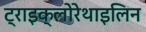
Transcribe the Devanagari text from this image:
ट्राइक्लोरेथाइलिन